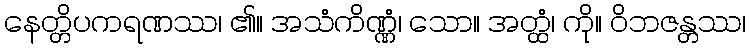
နေတ္တိပကရဏဿ၊ ၏။ အသံကိဏ္ဏံ၊ သော။ အတ္ထံ၊ ကို။ ဝိဘဇန္တဿ၊